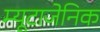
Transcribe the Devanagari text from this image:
म्यूटाजेनिक